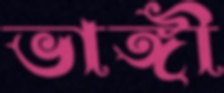
ভাঙ্গী